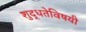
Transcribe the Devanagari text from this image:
शुद्धतेविषयी